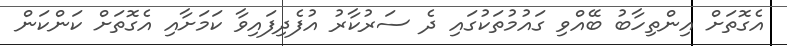
އެގޮތަށް އިންތިހާބު ބޭއްވި ގައުމުތަކުގައި ދެ ސަރުކާރު އުފެދިފައިވާ ކަމަށާއި އެގޮތަށް ކަންކަން